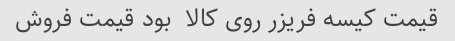
قیمت کیسه فریزر روی کالا  بود قیمت فروش